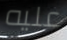
عليه